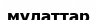
мулаттар